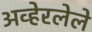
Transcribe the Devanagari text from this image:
अव्हेरलेले